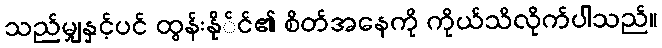
သည်မျှနှင့်ပင် ထွန်းနို်င်၏ စိတ်အနေကို ကိုယ်သိလိုက်ပါသည်။